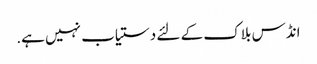
انڈس بلاک کے لئے دستیاب نہیں ہے.